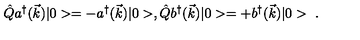
\hat { Q } a ^ { \dagger } ( \vec { k } ) | 0 > = - a ^ { \dagger } ( \vec { k } ) | 0 > , \hat { Q } b ^ { \dagger } ( \vec { k } ) | 0 > = + b ^ { \dagger } ( \vec { k } ) | 0 > \ .